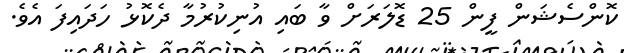
ކޮންސެޝަން ފީން 25 ޑޮލަރަށް ވާ ބައި އުނިކުރުމާ ދެކޮޅު ހަދައިފަ އެވެ.